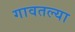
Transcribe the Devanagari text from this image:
गावतल्या